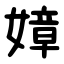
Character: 嫜